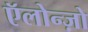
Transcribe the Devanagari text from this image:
ऍलोन्ज़ो